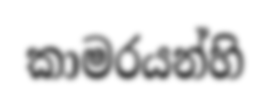
කාමරයන්හි